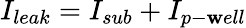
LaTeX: I_{leak}=I_{sub}+I_{p-\mathbf{w}ell}